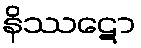
နိဿဋော